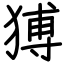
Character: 猼